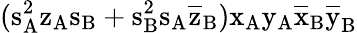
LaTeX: (\mathrm{s_{A}^{2}\mathrm{z_{A}\mathrm{s_{B}+\mathrm{s_{B}^{2}\mathrm{s_{A}\mathrm{\overline{{z}}_{B})\mathrm{x_{A}\mathrm{y_{A}\mathrm{\overline{{x}}_{B}\mathrm{\overline{{y}}_{B}}}}}}}}}}}